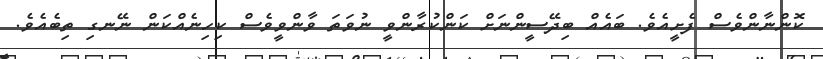
ކޮންނާންވެސް ފެށީއެވެ. ބައެއް ބިދޭސީންނަށް ކަންކުރާންވީ ނުވަތަ ވާންވީވެސް ކިހިނެއްކަން ނޭނގި ތިބެއެވެ.